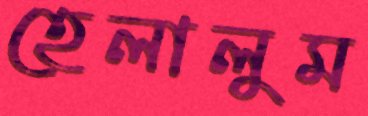
হেলালুম